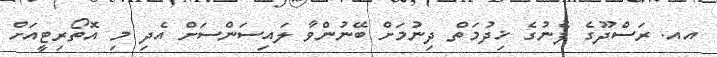
އއ. ރަސްދޫގެ ފެނުގެ ޚިދުމަތް ދިނުމަށް ބޭނުންވާ ލައިސަންސަށް އެދި މި އޮތޯރިޓީއަށް